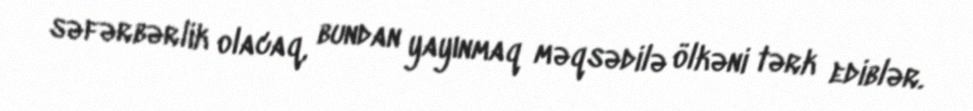
səfərbərlik olacaq, bundan yayınmaq məqsədilə ölkəni tərk ediblər.